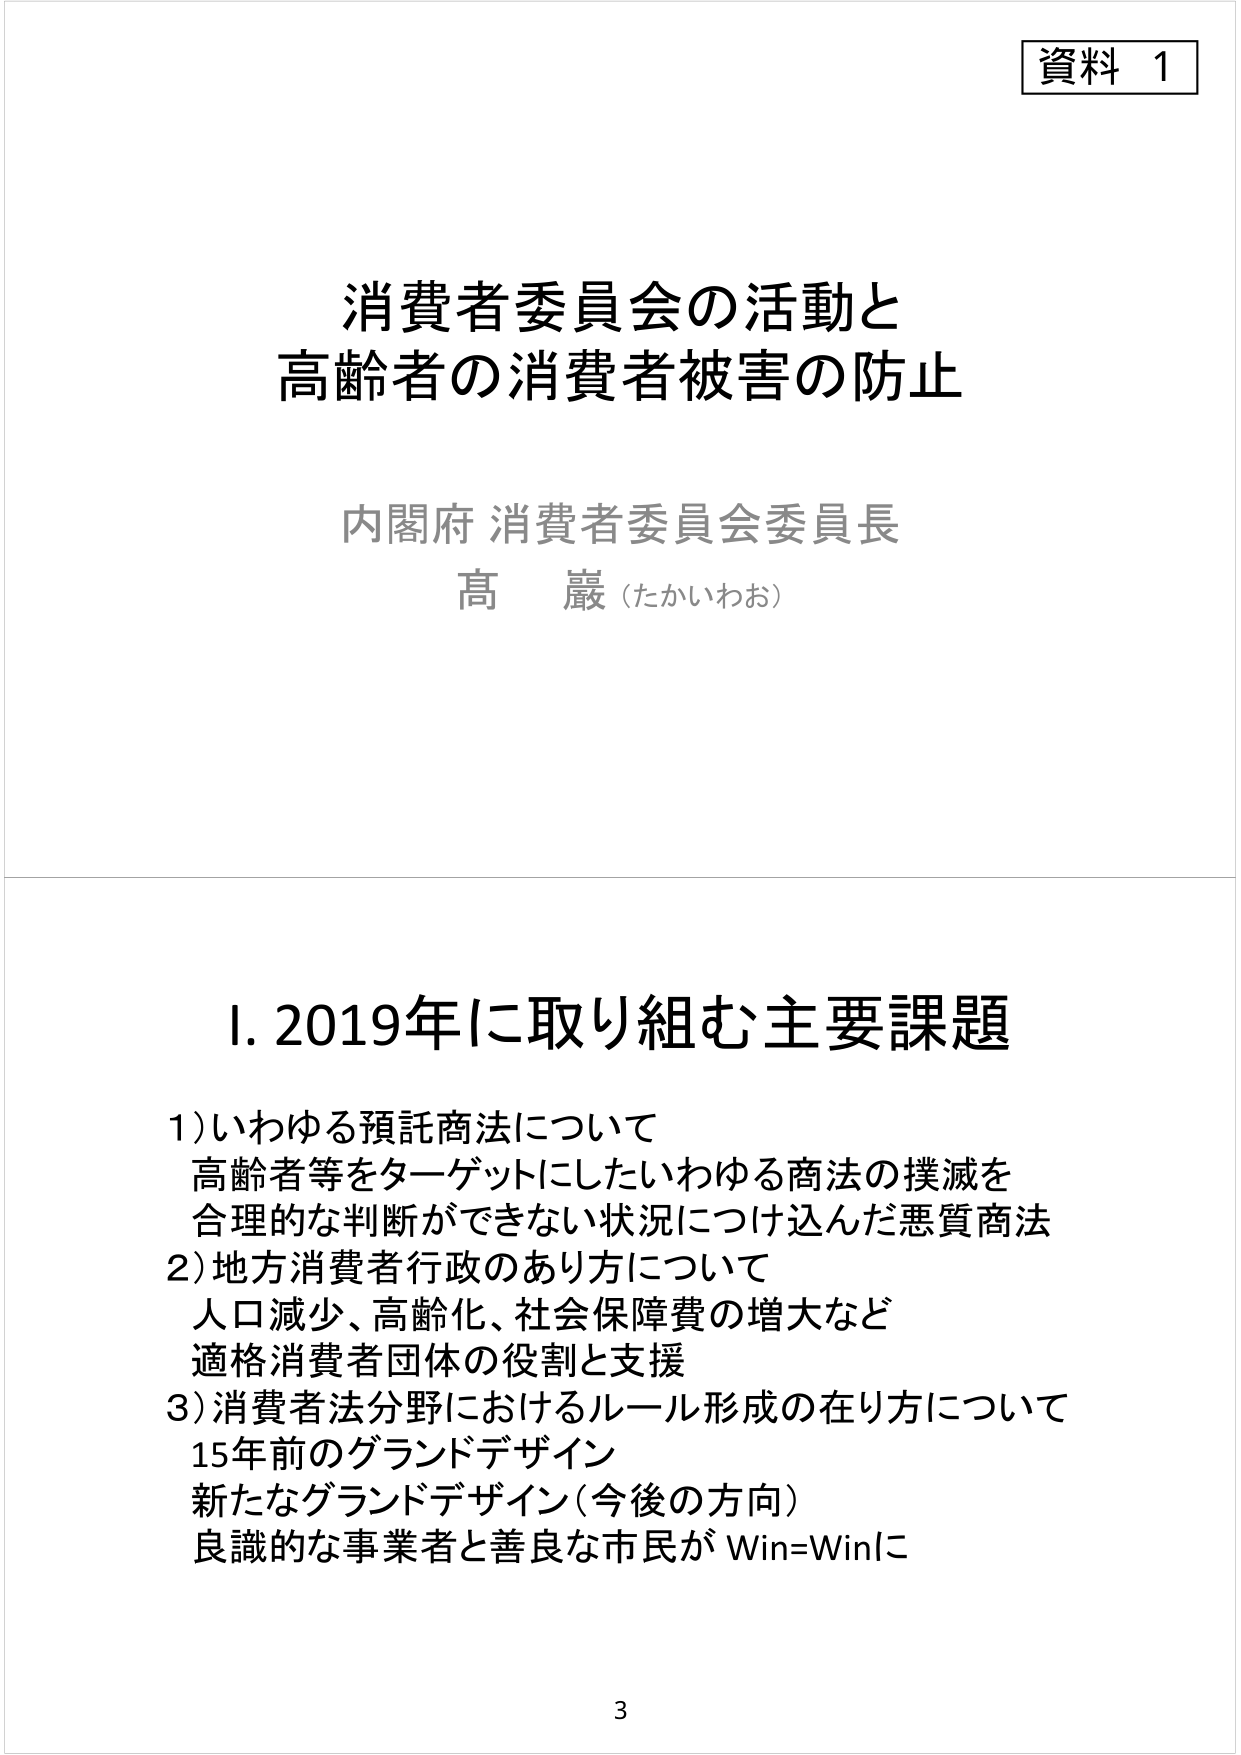
資料 1

消費者委員会の活動と
高齢者の消費者被害の防止

内閣府 消費者委員会委員長
高 巖（たかいわお）

Ⅰ. 2019年に取り組む主要課題

1) いわゆる預託商法について
高齢者等をターゲットにしたいわゆる商法の撲滅を
合理的な判断ができない状況につけ込んだ悪質商法

2) 地方消費者行政のあり方について
人口減少、高齢化、社会保障費の増大など
適格消費者団体の役割と支援

3) 消費者法分野におけるルール形成の在り方について
15年前のグランドデザイン
新たなグランドデザイン（今後の方向）
良識的な事業者と善良な市民が Win=Winに

3